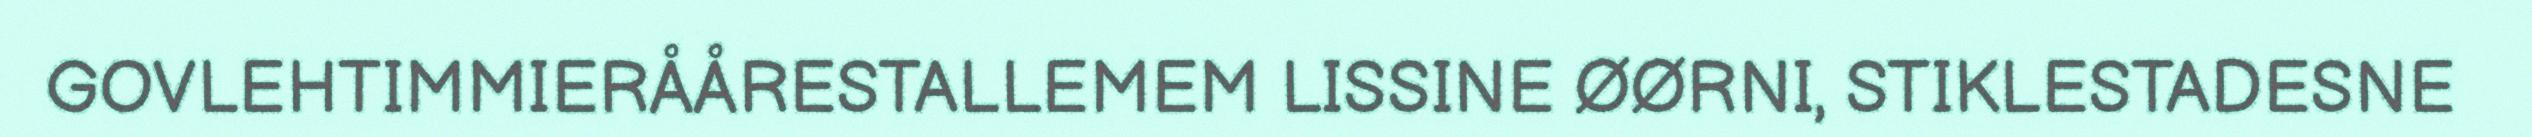
GOVLEHTIMMIERÅÅRESTALLEMEM LISSINE ØØRNI, STIKLESTADESNE